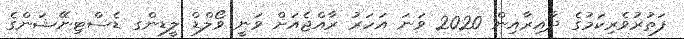
ފަތުރުވެރިކަމުގެ ދާއިރާއިން 2020 ވަނަ އަހަރު ރާއްޖެއަށް ވަނީ ވޯލްޑް ލީޑިންގ ޑެސްޓިނޭޝަންގެ